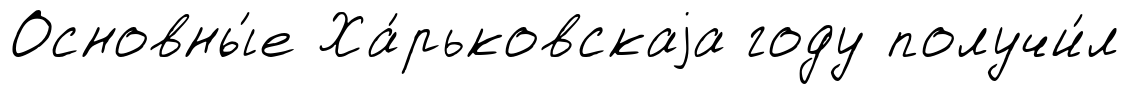
Основны́е Ха́рьковскаjа году получи́л